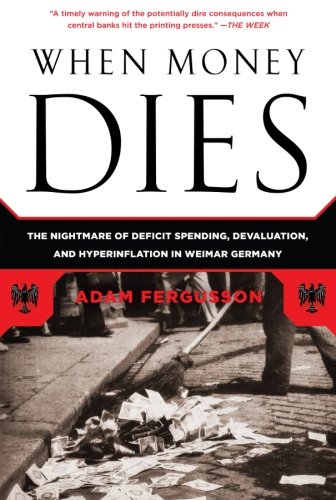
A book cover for When Money Dies: The Nightmare of Deficit Spending, Devaluation, and Hyperinflation in Weimar Germany; Adam Fergusson; Business & Money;